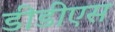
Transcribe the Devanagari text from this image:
डीडीएस